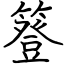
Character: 簦